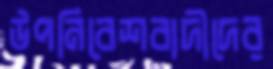
উপনিবেশবাদীদের